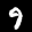
Label: 9